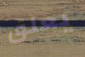
يعلق